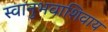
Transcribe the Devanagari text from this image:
स्वानुभवाशिवाय